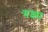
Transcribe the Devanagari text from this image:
यक्ष्म